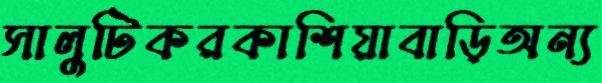
সালুটিকরকাশিয়াবাড়িঅন্য